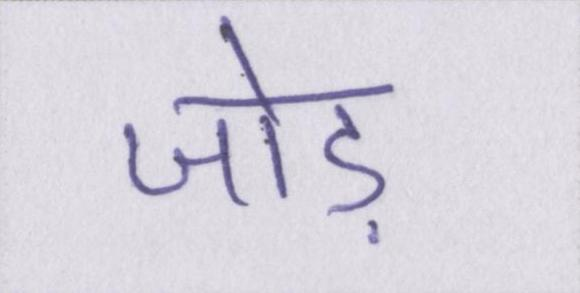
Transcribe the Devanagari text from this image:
जोड़